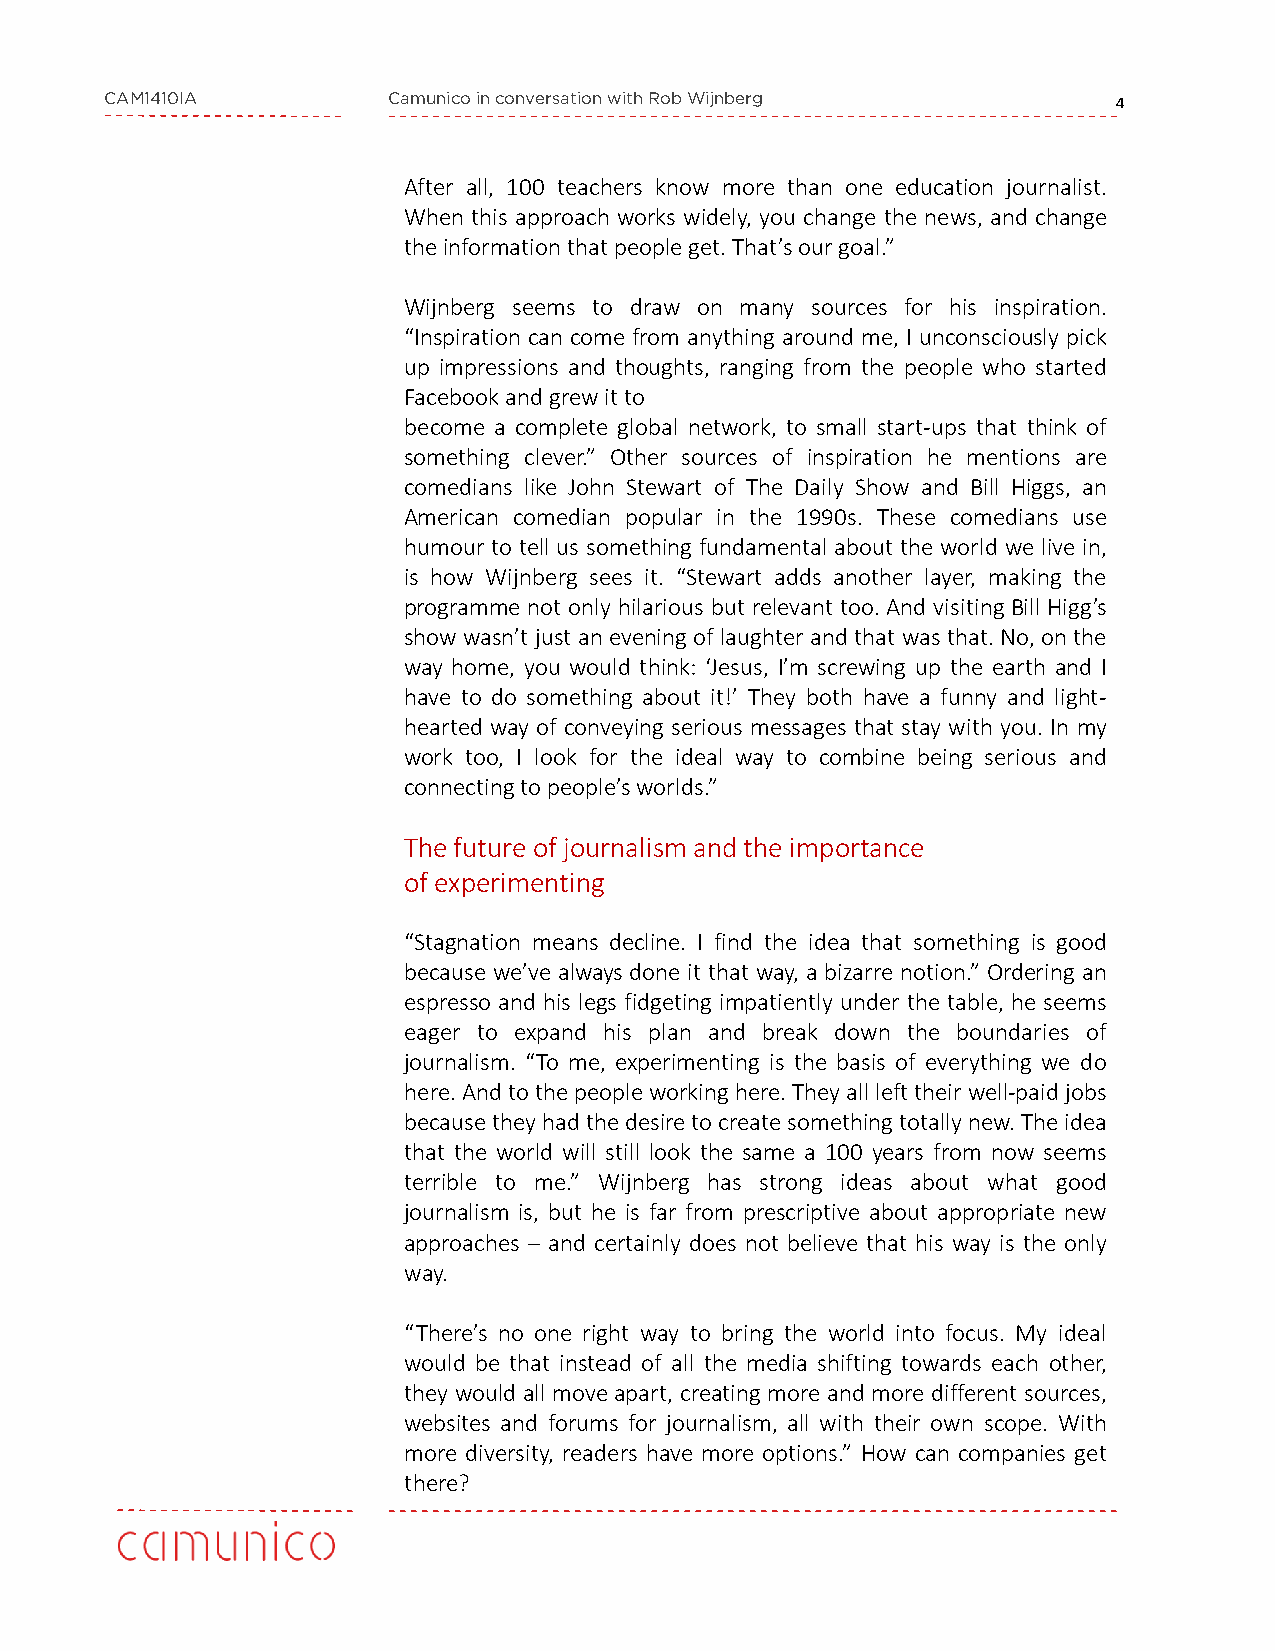
CAM1410IA          Camunico in conversation with Rob Wijnberg      4
 After all, 100 teachers know more than one education journalist.
 When this approach works widely, you change the news, and change
 theinformationthatpeopleget.That’sourgoal.”
 Wijnberg seems to draw on many sources for his inspiration.
 “Inspiration can come from anything around me, I unconsciously pick
 up impressions and thoughts, ranging from the people who started
 Facebookandgrewitto
 become a complete global network, to small start-ups that think of
 something clever.” Other sources of inspiration he mentions are
 comedians like John Stewart of The Daily Show and Bill Higgs, an
 American comedian popular in the 1990s. These comedians use
 humour to tell us something fundamental about the world we live in,
 is how Wijnberg sees it. “Stewart adds another layer, making the
 programme not only hilarious but relevant too. And visiting Bill Higg’s
 show wasn’t just anevening of laughterand that was that.No,on the
 way home, you would think: ‘Jesus, I’m screwing up the earth and I
 have to do something about it!’ They both have a funny and light-
 hearted way of conveying serious messages that stay with you. In my
 work too, I look for the ideal way to combine being serious and
 connectingtopeople’sworlds.”
 Thefuture of journalism and the importance
 of experimenting
 “Stagnation means decline. I find the idea that something is good
 because we’ve always done it that way, a bizarre notion.” Ordering an
 espresso and his legs fidgeting impatiently under the table, he seems
 eager to expand his plan and break down the boundaries of
 journalism. “To me, experimenting is the basis of everything we do
 here.Andtothepeopleworkinghere.Theyalllefttheirwell-paidjobs
 becausetheyhadthedesiretocreatesomethingtotallynew.Theidea
 that the world will still look the same a 100 years from now seems
 terrible to me.” Wijnberg has strong ideas about what good
 journalism is, but he is far from prescriptive about appropriate new
 approaches – and certainly does not believe that his way is the only
 way.
 “There’s no one right way to bring the world into focus. My ideal
 would be that instead of all the media shifting towards each other,
 they would allmoveapart, creating more and more different sources,
 websites and forums for journalism, all with their own scope. With
 more diversity, readers have more options.” How can companies get
 there?